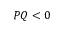
P Q < 0